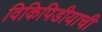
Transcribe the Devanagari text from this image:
विकिपिडीयाची